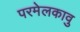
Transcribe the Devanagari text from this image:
परमेलकावु